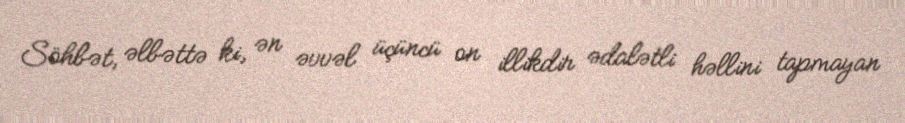
Söhbət, əlbəttə ki, ən əvvəl üçüncü on illikdir ədalətli həllini tapmayan